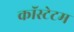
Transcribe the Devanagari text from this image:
कॉस्टेटम